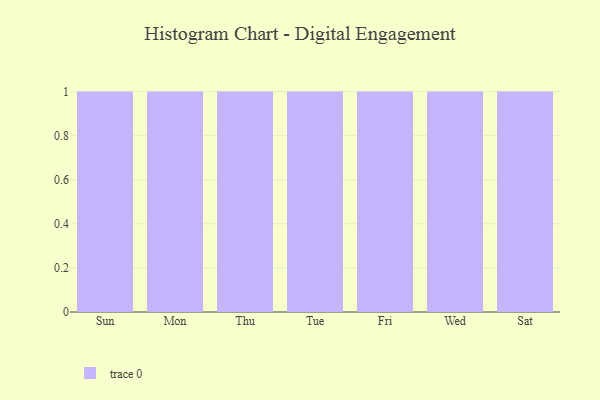
{"axis": {"x": "Day", "y": "Budget (USD K)"}, "legend": [""], "data": [{"x": "Sun", "y": 92, "type": ""}, {"x": "Mon", "y": 88, "type": ""}, {"x": "Thu", "y": 23, "type": ""}, {"x": "Tue", "y": 40, "type": ""}, {"x": "Fri", "y": 73, "type": ""}, {"x": "Wed", "y": 48, "type": ""}, {"x": "Sat", "y": 35, "type": ""}]}